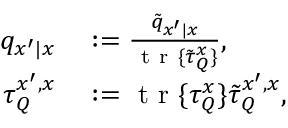
\begin{array} { r l } { q _ { x ^ { \prime } | x } } & { { } : = \frac { \tilde { q } _ { x ^ { \prime } | x } } { \mathrm { ~ t ~ r ~ } \{ \tilde { \tau } _ { Q } ^ { x } \} } , } \\ { \tau _ { Q } ^ { x ^ { \prime } , x } } & { { } : = \mathrm { ~ t ~ r ~ } \{ \tau _ { Q } ^ { x } \} \tilde { \tau } _ { Q } ^ { x ^ { \prime } , x } , } \end{array}